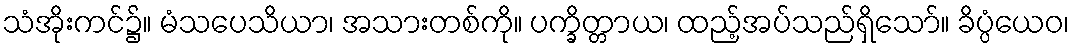
သံအိုးကင်၌။ မံသပေသိယာ၊ အသားတစ်ကို။ ပက္ခိတ္တာယ၊ ထည့်အပ်သည်ရှိသော်။ ခိပ္ပံယေဝ၊